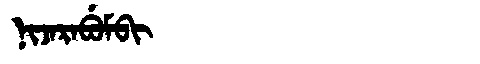
Manchu: ᠨᡳᠵᠠᡵᠠᠪᡠᠮᠪᡳ
Romanization: NIJARABUMBI